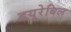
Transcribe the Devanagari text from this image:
डयूरेबिल